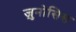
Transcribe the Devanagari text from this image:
ज़ुनोसिस